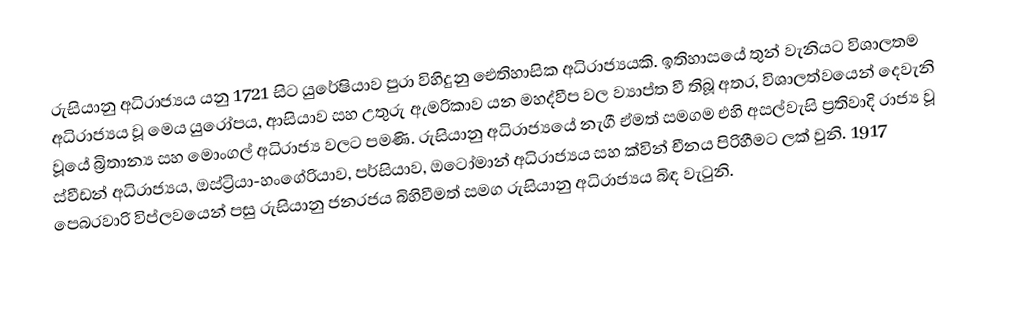
රුසියානු අධිරාජ්‍යය යනු 1721 සිට යුරේෂියාව පුරා විහිදුනු ඓතිහාසික අධිරාජ්‍යයකි. ඉතිහාසයේ තුන් වැනියට විශාලතම අධිරාජ්‍යය වූ මෙය යුරෝපය, ආසියාව සහ උතුරු ඇමරිකාව යන මහද්වීප වල ව්‍යාප්ත වී තිබූ අතර, විශාලත්වයෙන් දෙවැනි වූයේ බ්‍රිතාන්‍ය සහ මොංගල් අධිරාජ්‍ය වලට පමණි. රුසියානු අධිරාජ්‍යයේ නැගී ඒමත් සමගම එහි අසල්වැසි ප්‍රතිවාදි රාජ්‍ය වූ ස්වීඩන් අධිරාජ්‍යය, ඔස්ට්‍රියා-හංගේරියාව, පර්සියාව, ඔටෝමාන් අධිරාජ්‍යය සහ ක්වින් චීනය පිරිහීමට ලක් වුනි. 1917 පෙබරවාරි විප්ලවයෙන් පසු රුසියානු ජනරජය බිහිවීමත් සමග රුසියානු අධිරාජ්‍යය බිඳ වැටුනි.